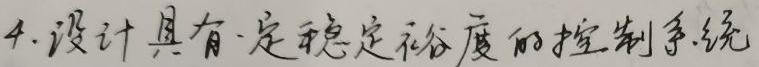
4. 设计具有一定稳定裕度的控制系统